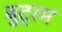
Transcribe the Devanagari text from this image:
बुट्रम